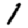
Digit: 1